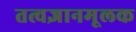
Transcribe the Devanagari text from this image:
तत्वज्ञानमूलक